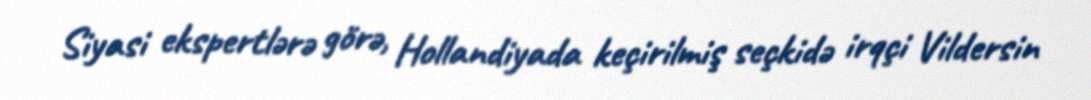
Siyasi ekspertlərə görə, Hollandiyada keçirilmiş seçkidə irqçi Vildersin